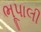
ભૂપાલી